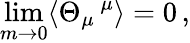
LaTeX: \operatorname*{lim}_{m\to 0}\langle\Theta_{\mu}\, ^{\mu}\rangle=0\, ,